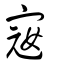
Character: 宼